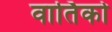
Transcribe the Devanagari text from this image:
वार्तिको